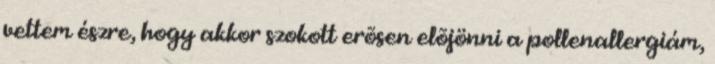
vettem észre, hogy akkor szokott erõsen elõjönni a pollenallergiám,